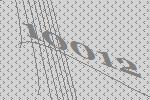
10012